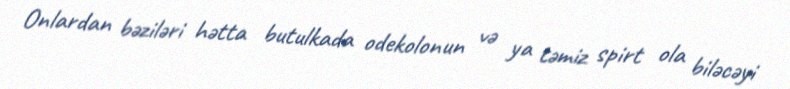
Onlardan bəziləri hətta butulkada odekolonun və ya təmiz spirt ola biləcəyi